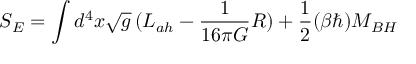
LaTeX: S _ { E } = \int d ^ { 4 } x \sqrt { g } \, ( { \cal L } _ { a h } - { \frac { 1 } { 1 6 \pi G } } R ) + { \frac { 1 } { 2 } } ( \beta \hbar ) M _ { B H }